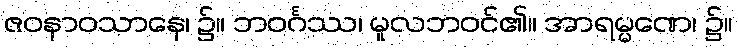
ဇဝနာဝသာနေ၊ ၌။ ဘဝင်္ဂဿ၊ မူလဘဝင်၏။ အာရမ္မဏေ၊ ၌။